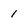
Character: 1